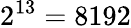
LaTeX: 2^{13}=8192